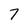
Character: 7